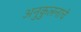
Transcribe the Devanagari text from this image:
अनुकुलनाचे